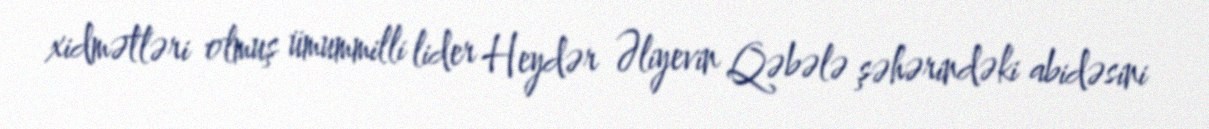
xidmətləri olmuş ümummilli lider Heydər Əliyevin Qəbələ şəhərindəki abidəsini